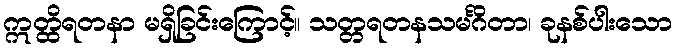
ဣတ္ထိရတနာ မရှိခြင်းကြောင့်။ သတ္တရတနသမင်္ဂိတာ၊ ခုနစ်ပါးသော